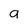
Character: a